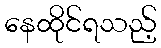
နေထိုင်ရသည့်